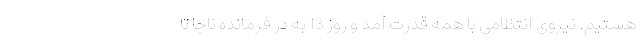
هستیم. نیروی انتظامی با همه قدرت آمد و روز 13 به در فرمانده ناجا تا